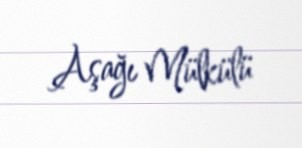
Aşağı Mülkülü